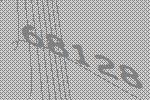
68128